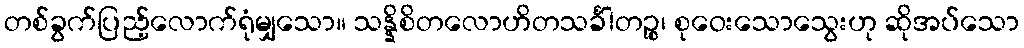
တစ်ခွက်ပြည့်လောက်ရုံမျှသော။ သန္နိစိတလောဟိတသင်္ခါတဉ္စ၊ စုဝေးသောသွေးဟု ဆိုအပ်သော